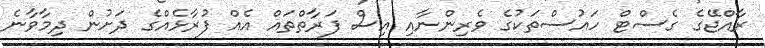
ރާއްޖޭގެ ގެސްޓް ހައުސްތަކުގެ ވެރިންނާއި އިސް ފަރާތްތައް އެއް ފުރާޅެއްގެ ދަށުން ދިމާވާނެ